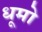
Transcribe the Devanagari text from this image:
धूमो